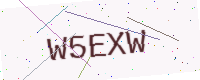
Text: W5EXW